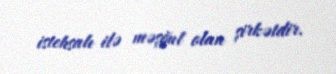
istehsalı ilə məşğul olan şirkətdir.